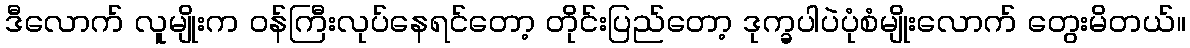
ဒီလောက် လူမျိုးက ဝန်ကြီးလုပ်နေရင်တော့ တိုင်းပြည်တော့ ဒုက္ခပါပဲပုံစံမျိုးလောက် တွေးမိတယ်။